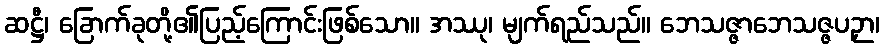
ဆဋ္ဌီ၊ ခြောက်ခုတို့၏ပြည့်ကြောင်းဖြစ်သော။ အဿု၊ မျက်ရည်သည်။ ဘေသဇ္ဇာဘေသဇ္ဇပဉှာ၊